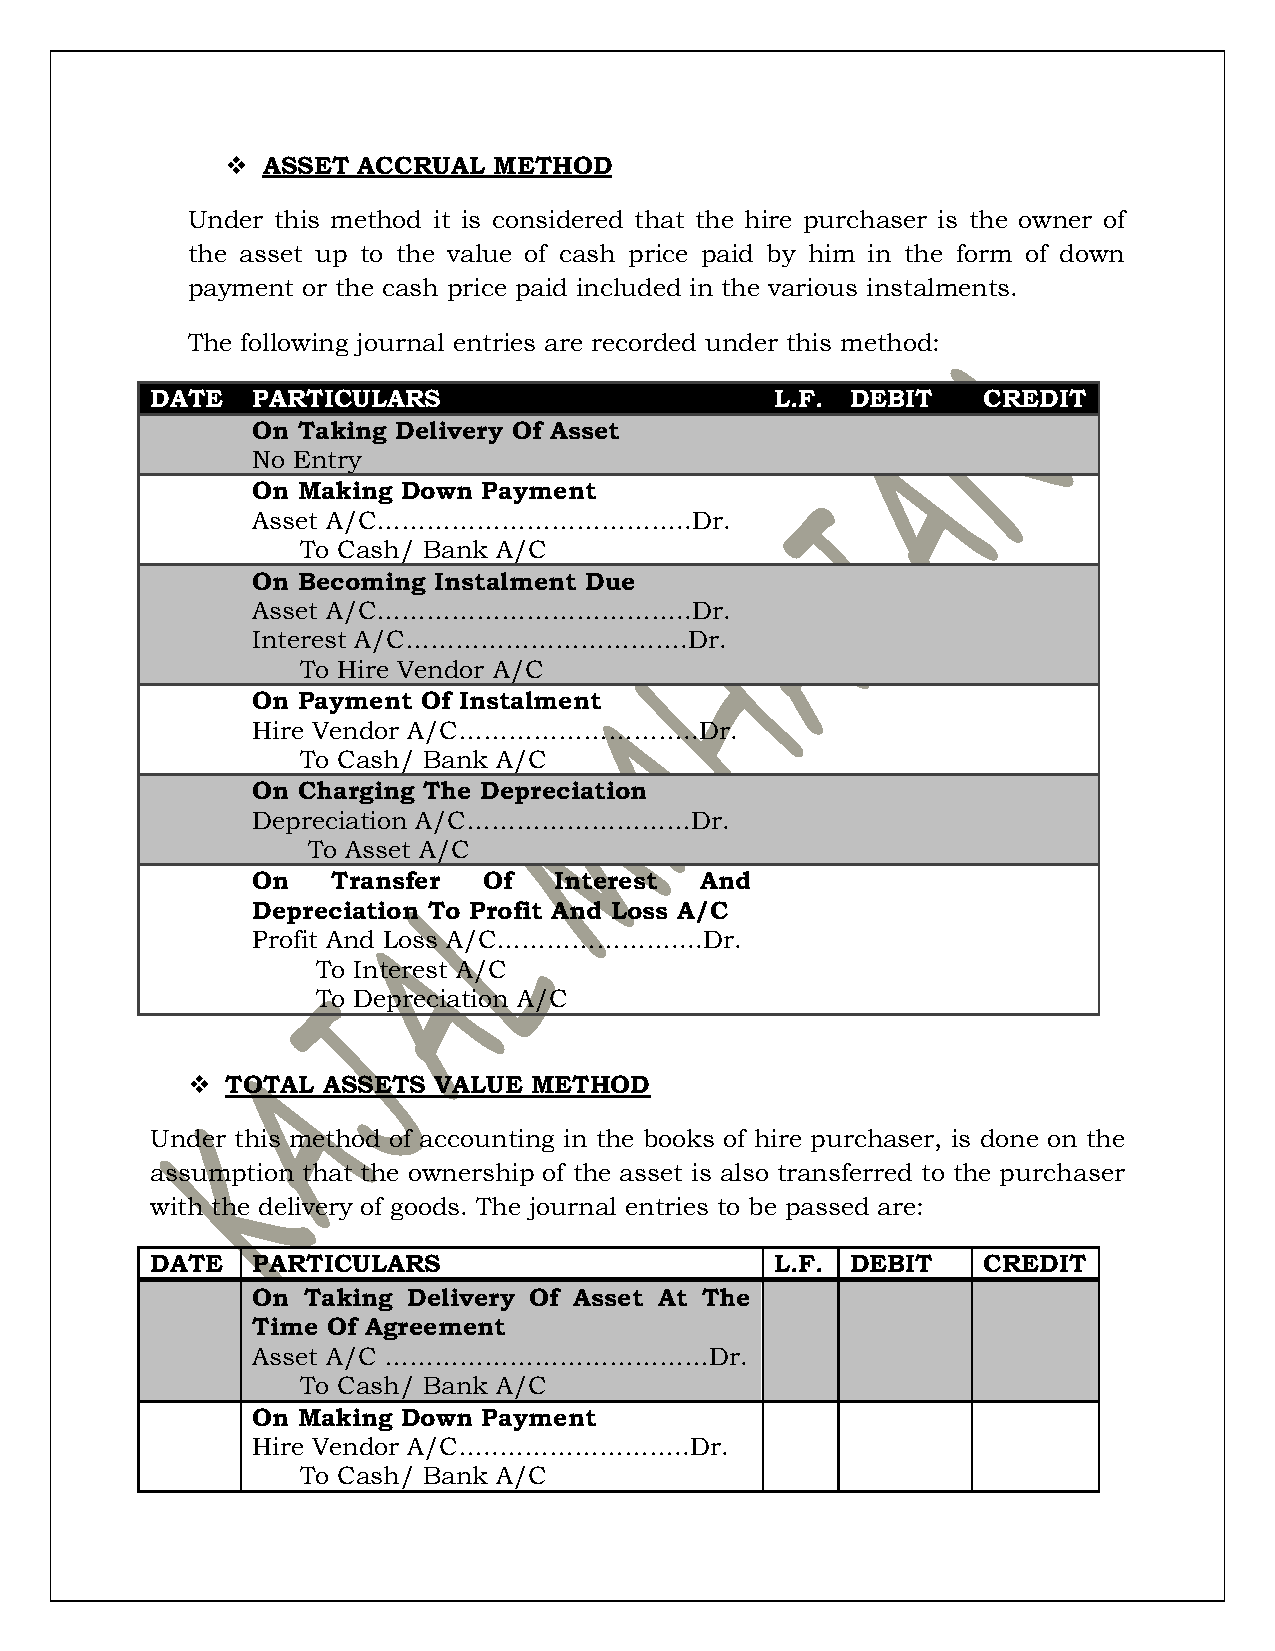
 ASSET  ACCRUAL  METHOD
 Under this method it is considered that the hire purchaser is the owner of
 the asset up to the value of cash price paid by him in the form of down
 payment or the cash price paid included in the various instalments.
 The following journal entries are recorded under this method:
 DATE   PARTICULARS                       L.F. DEBIT    CREDIT
 On Taking Delivery Of Asset
 No Entry
 On Making Down Payment
 Asset A/C………………………………..Dr.
 To Cash/ Bank A/C
 On Becoming Instalment Due
 Asset A/C………………………………..Dr.
 Interest A/C…………………………….Dr.
 To Hire Vendor A/C
 On Payment Of Instalment
 Hire Vendor A/C………………………..Dr.
 To Cash/ Bank A/C
 On Charging The Depreciation
 Depreciation A/C………………………Dr.
 To Asset A/C
 On   Transfer  Of   Interest And
 Depreciation To Profit And Loss A/C
 Profit And Loss A/C…………………....Dr.
 To Interest A/C
 To Depreciation A/C
   TOTAL ASSETS  VALUE METHOD
 Under this method of accounting in the books of hire purchaser, is done on the
 assumption that the ownership of the asset is also transferred to the purchaser
 with the delivery of goods. The journal entries to be passed are:
 DATE   PARTICULARS                       L.F. DEBIT    CREDIT
 On Taking Delivery Of Asset At The
 Time Of Agreement
 Asset A/C …………………………………Dr.
 To Cash/ Bank A/C
 On Making Down Payment
 Hire Vendor A/C…..…………………..Dr.
 To Cash/ Bank A/C